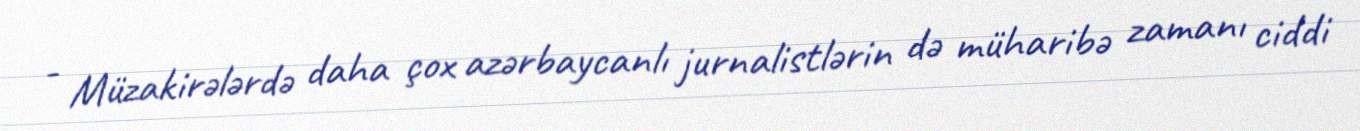
- Müzakirələrdə daha çox azərbaycanlı jurnalistlərin də müharibə zamanı ciddi